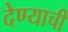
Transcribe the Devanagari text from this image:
देण्‍याची